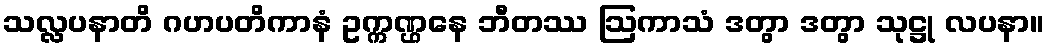
သလ္လပနာတိ ဂဟပတိကာနံ ဥက္ကဏ္ဌနေ ဘီတဿ ဩကာသံ ဒတွာ ဒတွာ သုဋ္ဌု လပနာ။